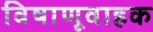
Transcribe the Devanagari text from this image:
विषाणूवाहक